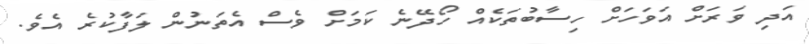
އަދި ވަރަށް އަވަހަށް ހިސާބުތަކެއް ހޯދޭނެ ކަމަށް ވެސް އެތަނުން ލަފާކުރެ އެވެ.